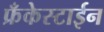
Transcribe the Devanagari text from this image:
फ्रँकेस्टाईन